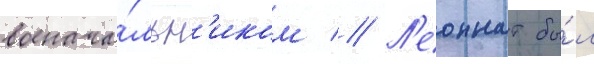
военача́льн'иком // Л'еоннат бы́л